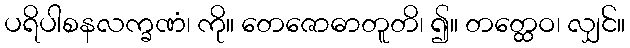
ပရိပါစနလက္ခဏံ၊ ကို။ တေဇောဓာတူတိ၊ ၍။ တတ္ထေဝ၊ လျှင်။